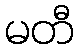
မတီ